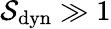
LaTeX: \mathcal{S}_{\mathrm{dyn}}\gg 1